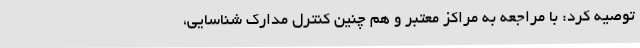
توصیه کرد: با مراجعه به مراکز معتبر و هم چنین کنترل مدارک شناسایی،